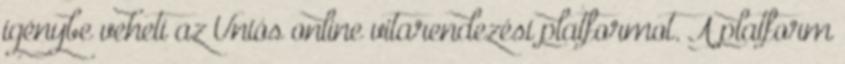
igénybe veheti az Uniós online vitarendezési platformot. A platform